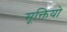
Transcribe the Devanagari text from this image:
सूक्तियो